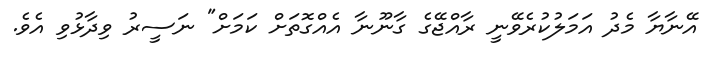
އޭނާޔާ މެދު އަމަލުކުރެވޭނީ ރާއްޖޭގެ ގާނޫނާ އެއްގޮތަށް ކަމަށް" ނަސީރު ވިދާޅުވި އެވެ.